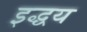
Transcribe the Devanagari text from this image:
इद्धय